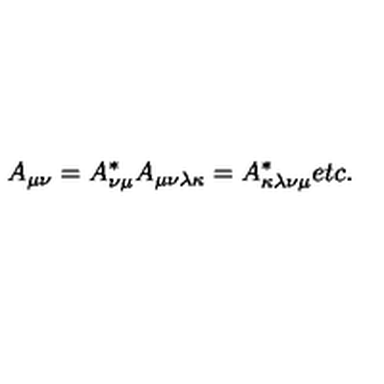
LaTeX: A _ { \mu \nu } = A _ { \nu \mu } ^ { * } A _ { \mu \nu \lambda \kappa } = A _ { \kappa \lambda \nu \mu } ^ { * } e t c .